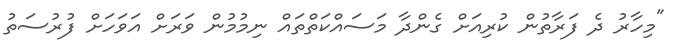
"މިހާރު ދެ ފަރާތުން ކުރިއަށް ގެންދާ މަސައްކަތްތައް ނިމުމުން ވަރަށް އަވަހަށް ފުރުސަތު